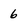
Character: 6